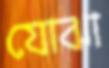
যোঝা